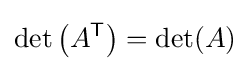
\det \left(A^{\textsf {T}}\right)=\det(A)